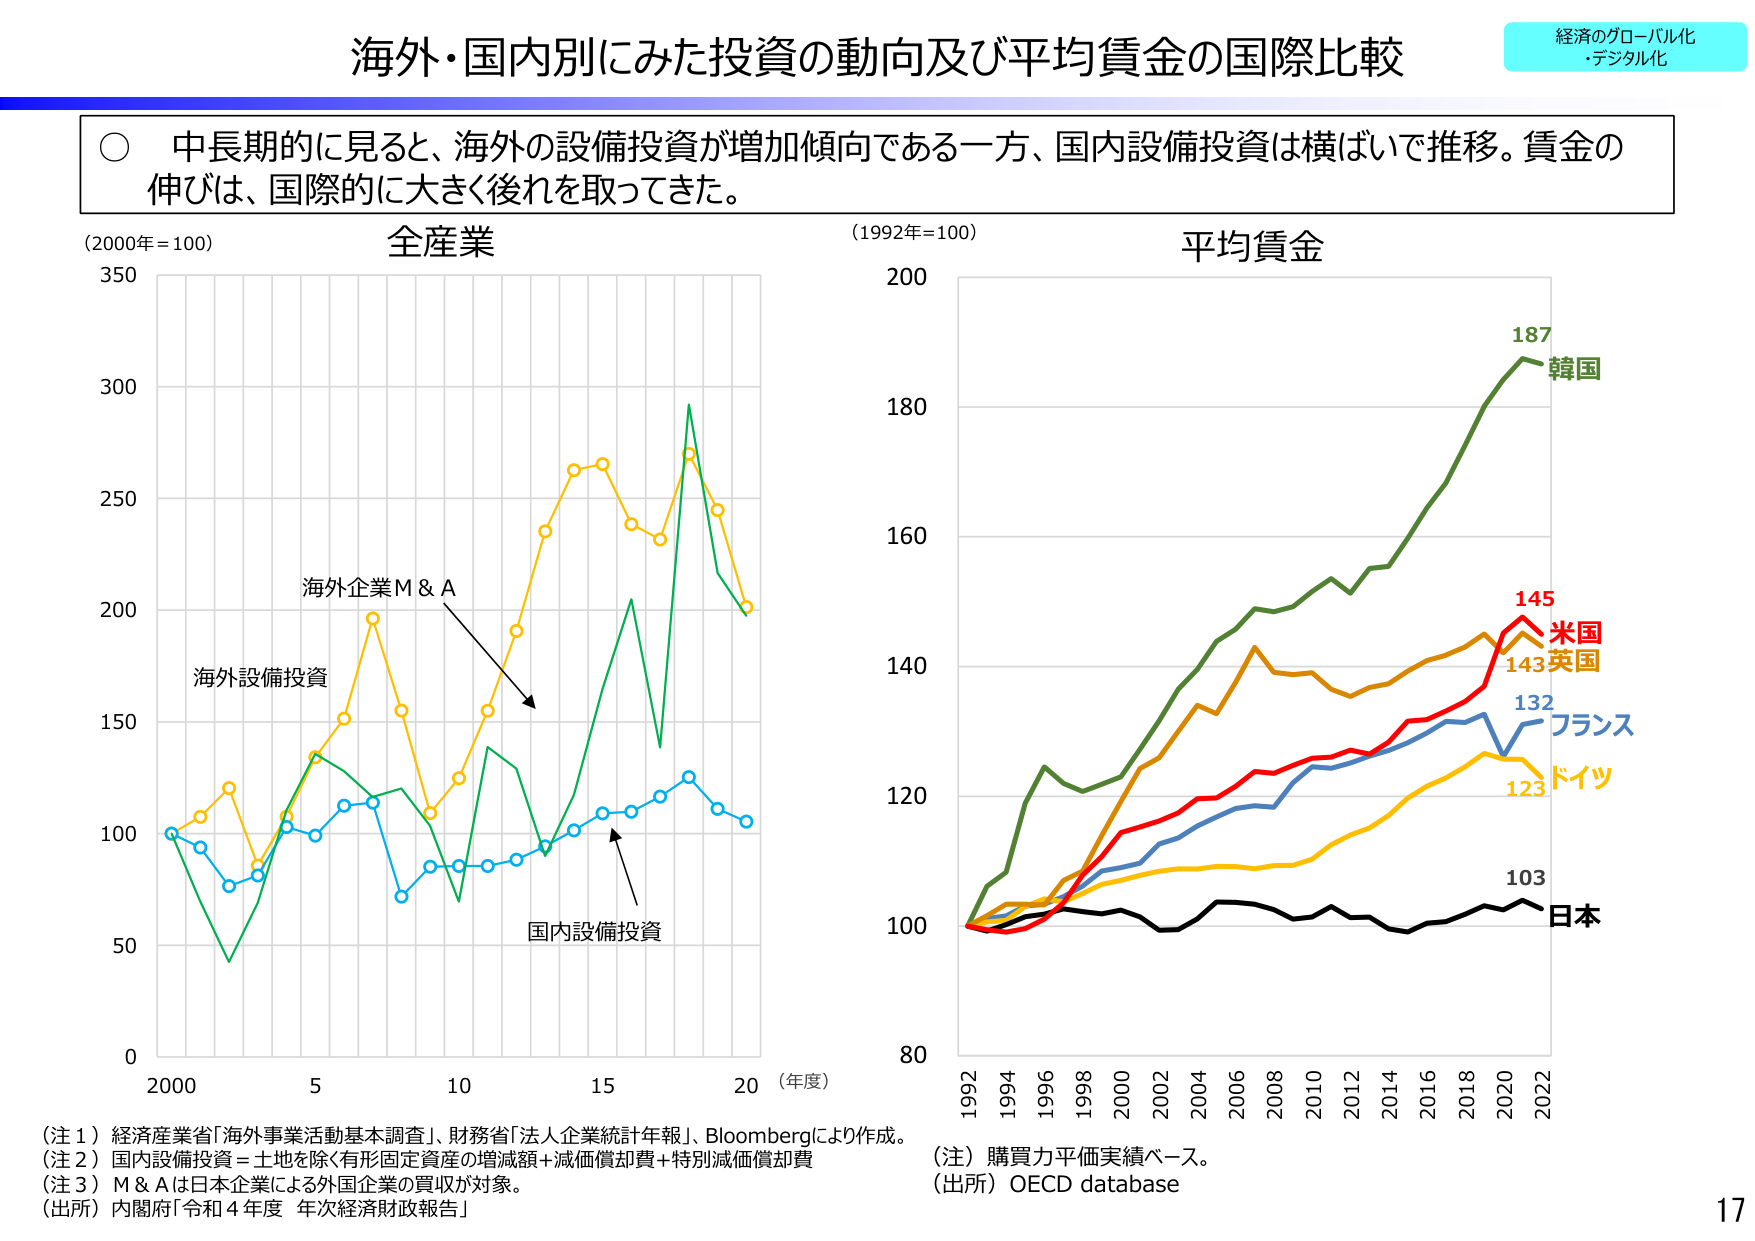
海外・国内別にみた投資の動向及び平均賃金の国際比較

経済のグローバル化
・デジタル化

○ 中長期的に見ると、海外の設備投資が増加傾向である一方、国内設備投資は横ばいで推移。賃金の伸びは、国際的に大きく後れを取ってきた。

(2000年=100)
全産業

(1992年=100)
平均賃金

海外企業M & A
海外設備投資
国内設備投資

187 韓国
145 米国
143 英国
132 フランス
123 ドイツ
103 日本

(年度)
2000 5 10 15 20

1992 1994 1996 1998 2000 2002 2004 2006 2008 2010 2012 2014 2016 2018 2020 2022

(注１) 経済産業省「海外事業活動基本調査」、財務省「法人企業統計年報」、Bloombergにより作成。
(注２) 国内設備投資＝土地を除く有形固定資産の増減額＋減価償却費＋特別減価償却費
(注３) M & Aは日本企業による外国企業の買収が対象。
(出所) 内閣府「令和４年度 年次経済財政報告」

(注) 購買力平価実績ベース。
(出所) OECD database

17